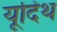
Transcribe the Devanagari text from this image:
यूदिथ